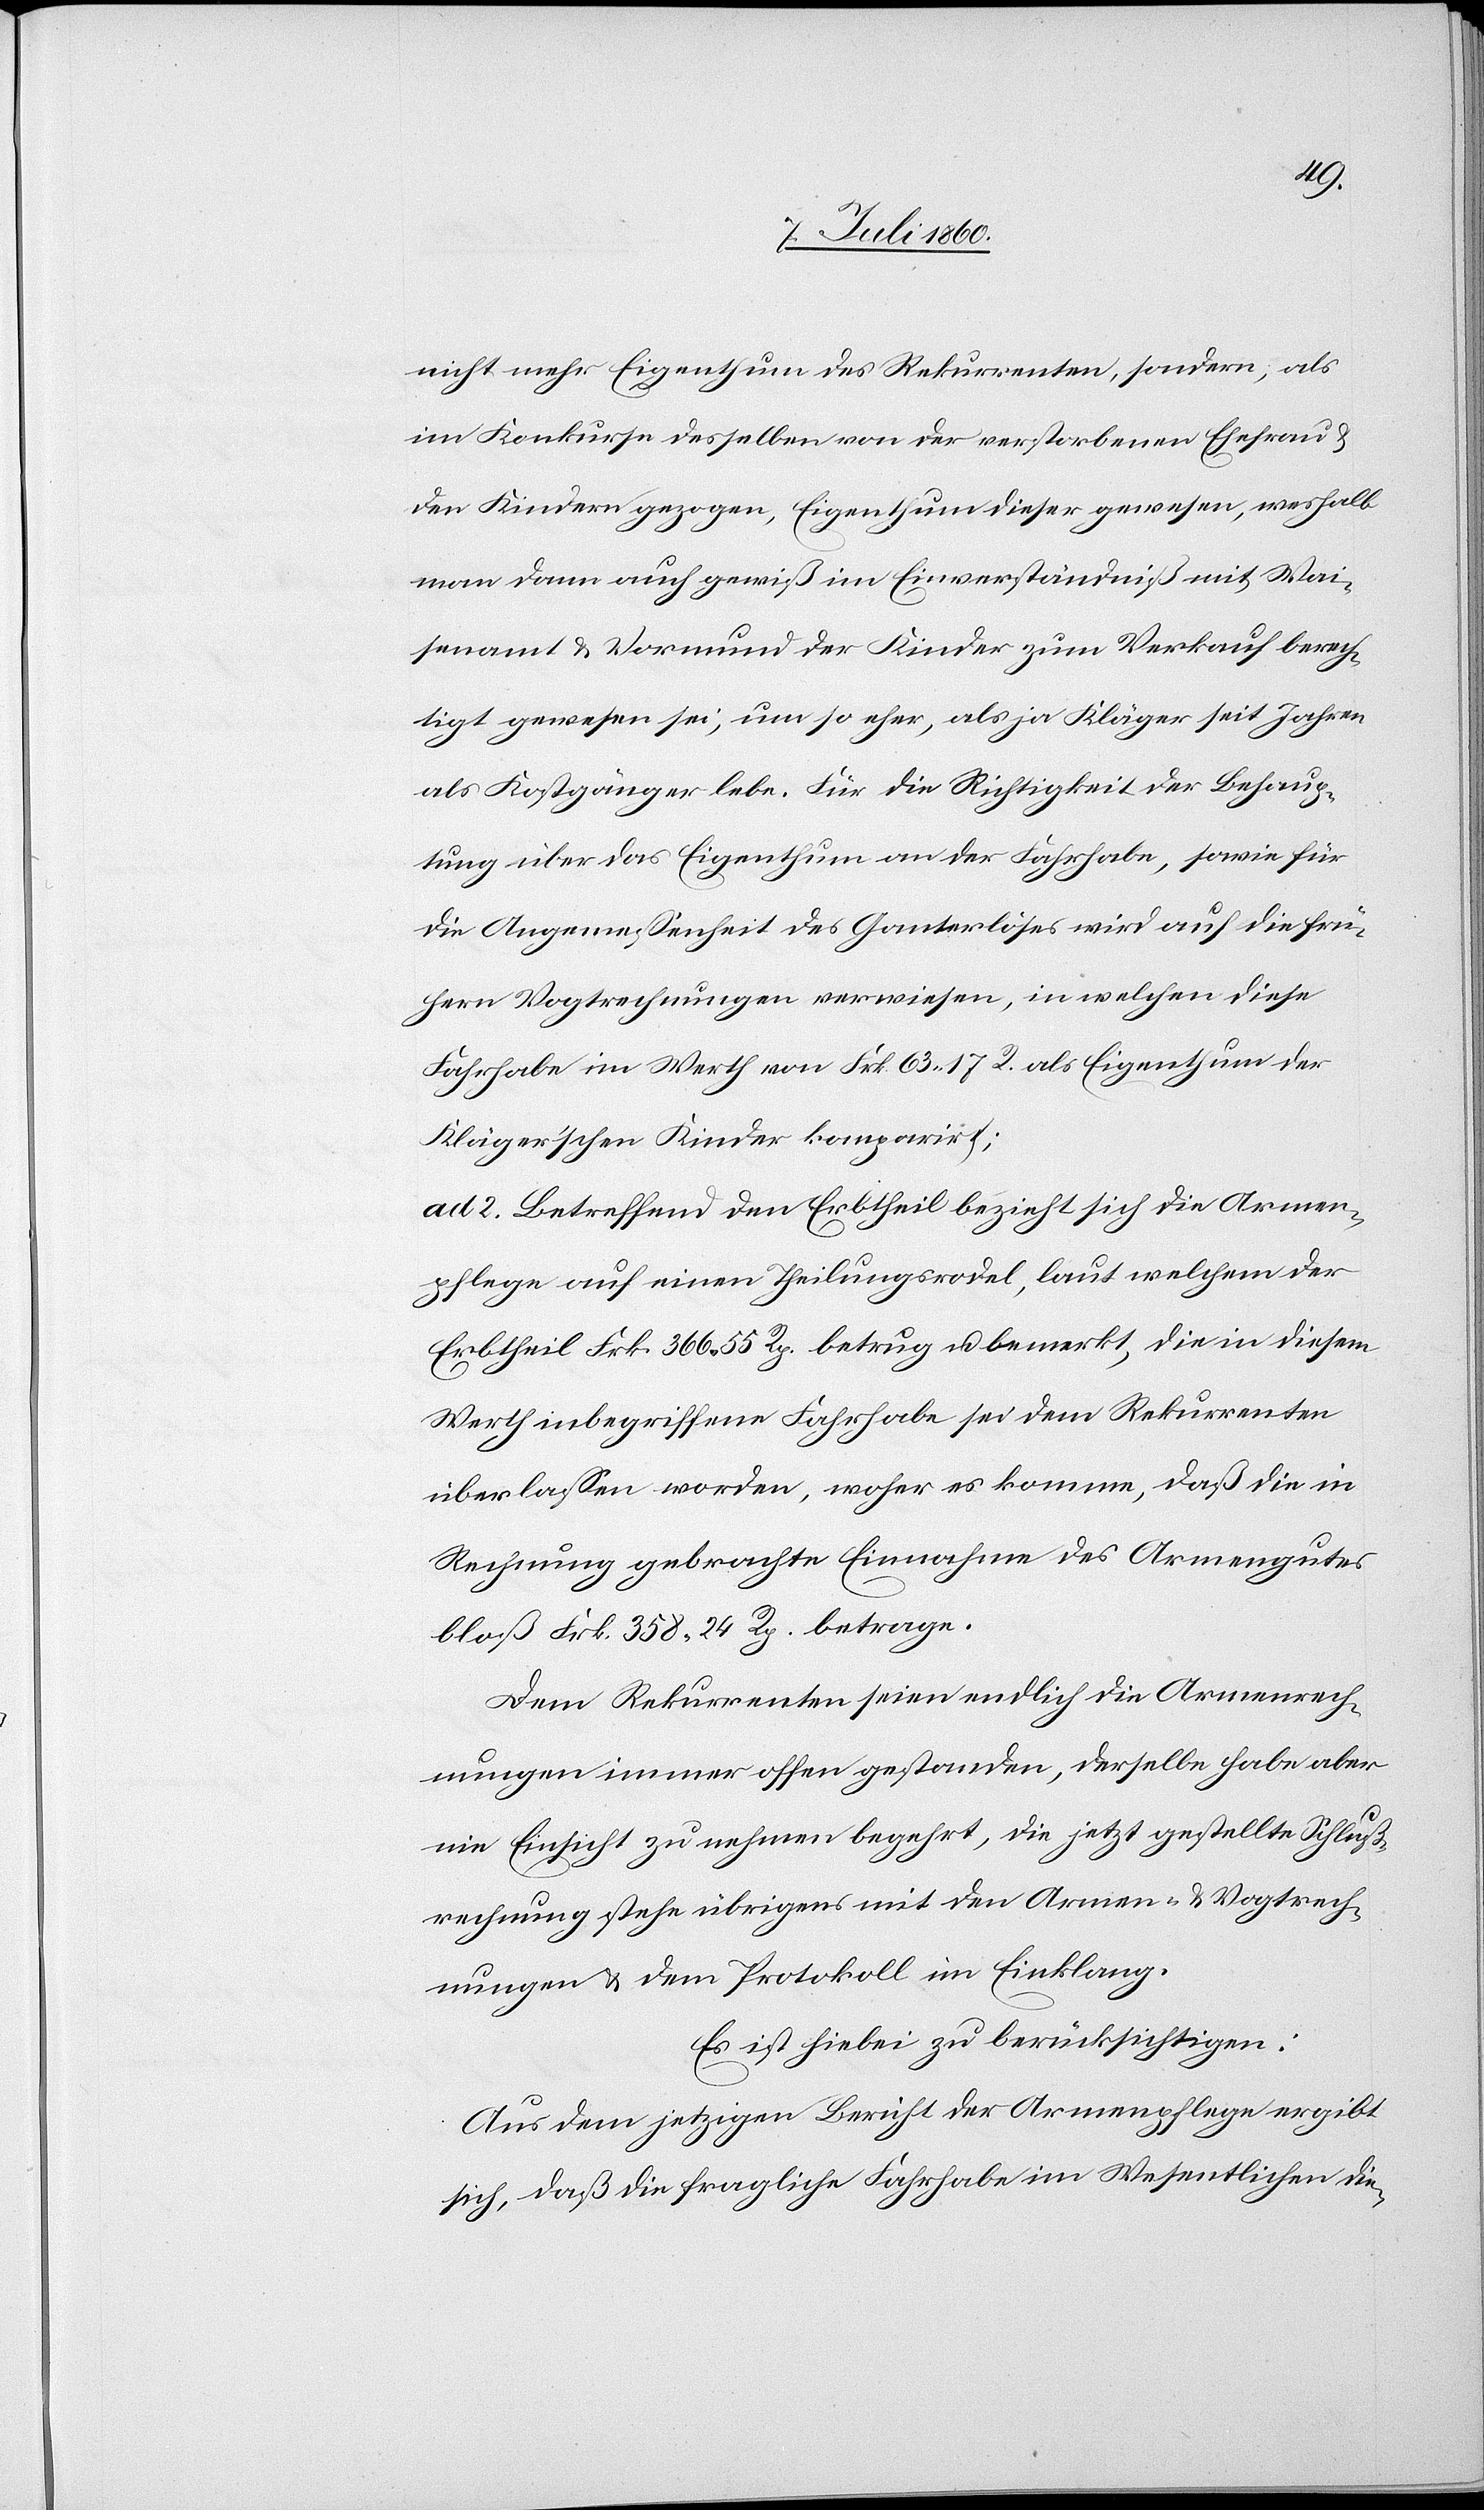
nicht mehr Eigenthum des Rekurrenten, sondern, als
im Konkurse desselben von der verstorbenen Ehefrau
den Kindern gezogen, Eigenthum dieser gewesen, weshalb
man dann auch gewiß im Einverständniß mit Wai¬
senamt & Vormund der Kinder zum Verkauf berech¬
tigt gewesen sei, um so eher, als ja Kläger seit Jahren
als Kostgänger lebe. Für die Richtigkeit der Behaup¬
tung über das Eigenthum an der Fahrhabe, sowie für
die Angemessenheit des Ganterlöses wird auf die frü¬
hern Vogtrechnungen verwiesen, in welchen diese
Fahrhabe im Werth von Frk. 63. 17 R. als Eigenthum der
Kläger‘schen Kinder komparirt;
ad 2. Betreffend den Erbtheil bezieht sich die Armen¬
pflege auf einen Theilungsrodel, laut welchem der
Erbtheil Frk. 366. 55 Rp. betrug u. bemerkt, die in diesem
Werth inbegriffene Fahrhabe sei dem Rekurrenten
überlassen worden, woher es komme, daß die in
Rechnung gebrachte Einnahme des Armenguts
bloß Frk. 358. 24 Rp. betrage.
Dem Rekurrenten seien endlich die Armenrech¬
nungen immer offen gestanden, derselbe habe aber
nie Einsicht zu nehmen begehrt, die jetzt gestellte Schluß¬
rechnung stehe übrigens mit den Armen- & Vogtrech¬
nungen & dem Protokoll im Einklang.
Es ist hiebei zu berücksichtigen:
Aus dem jetzigen Bericht der Armenpflege ergibt
sich, daß die fragliche Fahrhabe im Wesentlichen die-